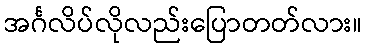
အင်္ဂလိပ်လိုလည်းပြောတတ်လား။